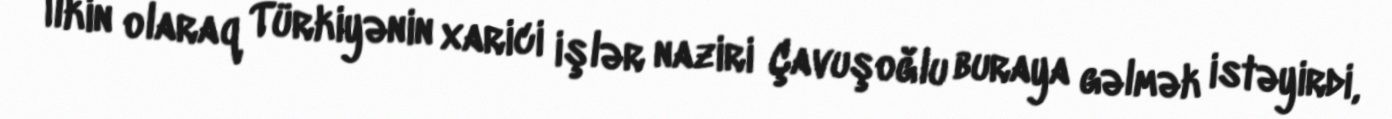
İlkin olaraq Türkiyənin xarici işlər naziri Çavuşoğlu buraya gəlmək istəyirdi,